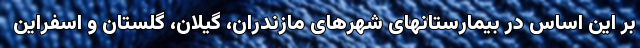
بر این اساس در بیمارستانهای شهرهای مازندران، گیلان، گلستان و اسفراین